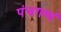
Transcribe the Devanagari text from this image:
पंचगव्यं